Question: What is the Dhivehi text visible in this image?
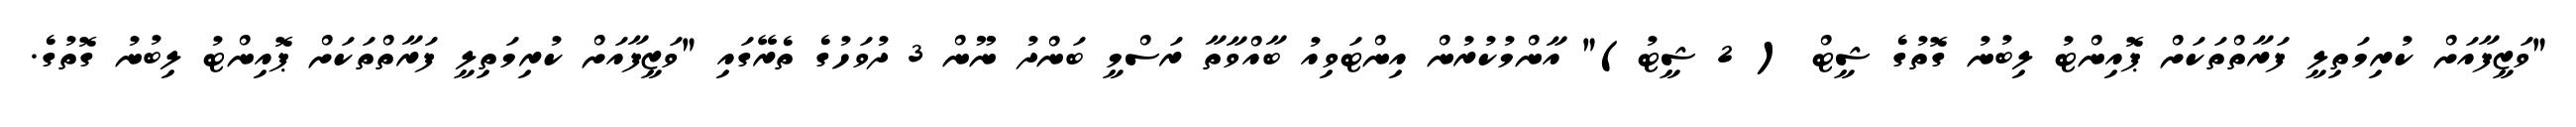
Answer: "ވަޒީފާއަށް ކުރިމަތިލީ ފަރާތްތަކަށް ޕޮއިންޓު ލިބުނު ގޮތުގެ ޝީޓް ( 2 ޝީޓު)" އާންމުކުރުން އިންޓަވިއު ބާއްވާތާ ރަސްމީ ބަންދު ނޫން 3 ދުވަހުގެ ތެރޭގައި "ވަޒީފާއަށް ކުރިމަތިލީ ފަރާތްތަކަށް ޕޮއިންޓު ލިބުނު ގޮތުގެ.